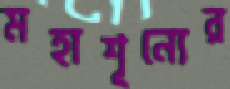
মহাশূন্যের